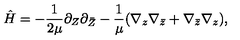
\hat { H } = - { \frac { 1 } { 2 \mu } } \partial _ { Z } \partial _ { \bar { Z } } - \frac { 1 } { \mu } ( \nabla _ { z } \nabla _ { \bar { z } } + \nabla _ { \bar { z } } \nabla _ { z } ) ,